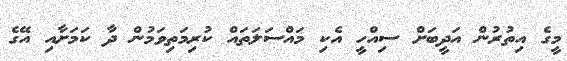
މީގެ އިތުރުން އަދީބަށް ސިއްހީ އެކި މައްސަލަތައް ކުރިމަތިވަމުން ދާ ކަމަށާއި އޭގެ